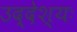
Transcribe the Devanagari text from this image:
उद्देश्यः